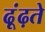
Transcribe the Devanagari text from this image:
ढ़ूंढ़ते